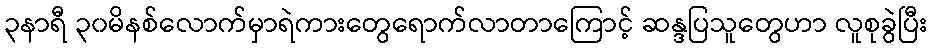
၃နာရီ ၃၀မိနစ်လောက်မှာရဲကားတွေရောက်လာတာကြောင့် ဆန္ဒပြသူတွေဟာ လူစုခွဲပြီး